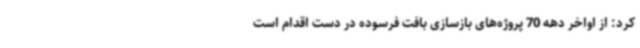
کرد: از اواخر دهه 70 پروژه‌های بازسازی بافت فرسوده در دست اقدام است